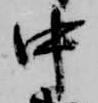
中